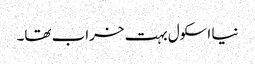
نیا اسکول بہت خراب تھا۔